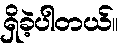
ရှိခဲ့ပါတယ်။